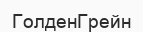
ГолденГрейн